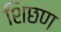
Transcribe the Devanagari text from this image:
शिछण